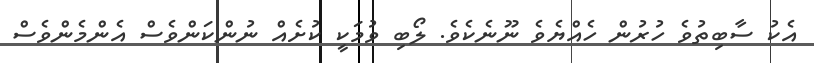
އެކު ސާބިތުވެ ހުރުން ހެއްޔެވެ ނޫނެކެވެ. ލޯބި ވުމަކީ ކުށެއް ނުންކަންވެސް އެންމެންވެސް